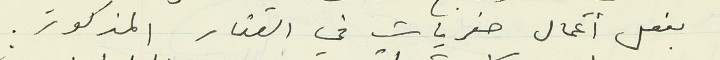
بفعل أعمال حفريات في العقار المذكور.